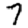
Digit: 7